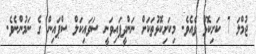
ޖުމްލަ 7 ކަށިކޮޅު ވެއެވެ. މިކަށިކޮޅުތަކަށް ނަންދީފައިވަނީ ސަވައިކަލް ސްޕައިން ގެ ނަމުންނެވެ.